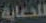
للدعاية